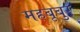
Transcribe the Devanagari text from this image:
महबूबुर